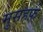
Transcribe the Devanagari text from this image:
मुसहफ़े